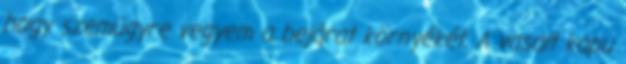
hogy szemügyre vegyem a bejárat környékét. A vasalt kapu